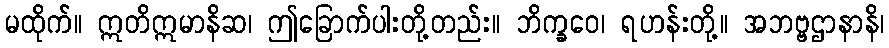
မထိုက်။ ဣတိဣမာနိဆ၊ ဤခြောက်ပါးတို့တည်း။ ဘိက္ခဝေ၊ ရဟန်းတို့။ အဘဗ္ဗဌာနာနိ၊